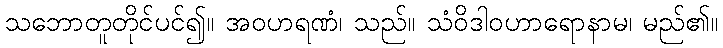
သဘောတူတိုင်ပင်၍။ အဝဟရဏံ၊ သည်။ သံဝိဒါဝဟာရောနာမ၊ မည်၏။